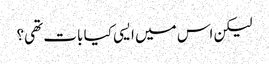
لیکن اس میں ایسی کیا بات تھی؟